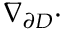
\nabla _ { \partial D } \cdot